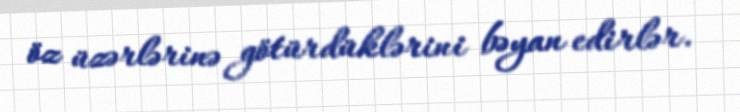
öz üzərlərinə götürdüklərini bəyan edirlər.